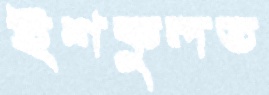
ইশকুলত